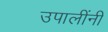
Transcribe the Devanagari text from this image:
उपालींनी